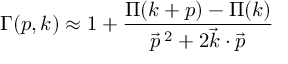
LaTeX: \Gamma ( p , k ) \approx 1 + \frac { \Pi ( k + p ) - \Pi ( k ) } { { \vec { p } } \, ^ { 2 } + 2 { \vec { k } } \cdot { \vec { p } } }